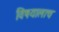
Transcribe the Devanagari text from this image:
विषयालाच